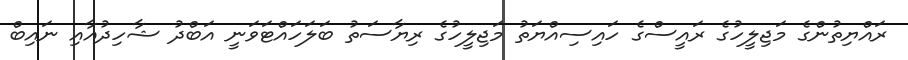
ރައްޔިތުންގެ މަޖިލީހުގެ ރައީސްގެ ހައިސިއްޔަތު މަޖިލީހުގެ ރިޔާސަތު ބަލަހައްޓަވަނީ އަބްދު ޝާހިދުއާއި ނައިބް